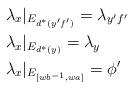
LaTeX: \begin{align*}&\lambda_x|_{E_{d^*(y'f')}}=\lambda_{y'f'} \\&\lambda_x|_{E_{d^*(y)}} = \lambda_y \\&\lambda_x|_{E_{[wb^{-1}, wa]}}= \phi'\end{align*}